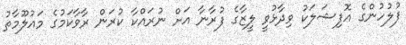
ފުލުހުންގެ އޮފިޝަލަކު ވިދާޅުވީ ލީޒާގެ ފުރާނާ އަށް ނުރައްކާ ކުރަން ރާވާކަމުގެ މައުލޫމާތު